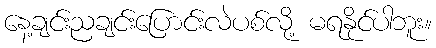
နေ့ချင်းညချင်းပြောင်းလဲပစ်လို့ မရနိုင်ပါဘူး။